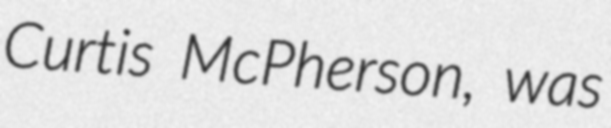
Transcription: Curtis McPherson, was